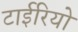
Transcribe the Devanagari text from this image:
टाईरियो